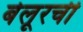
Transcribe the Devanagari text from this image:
बेलूरची